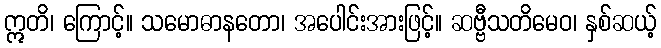
ဣတိ၊ ကြောင့်။ သမောဓာနတော၊ အပေါင်းအားဖြင့်။ ဆဗ္ဗီသတိမေဝ၊ နှစ်ဆယ့်